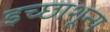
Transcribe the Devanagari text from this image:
इच्छाशून्य